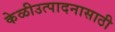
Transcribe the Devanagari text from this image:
केळीउत्पादनासाठी